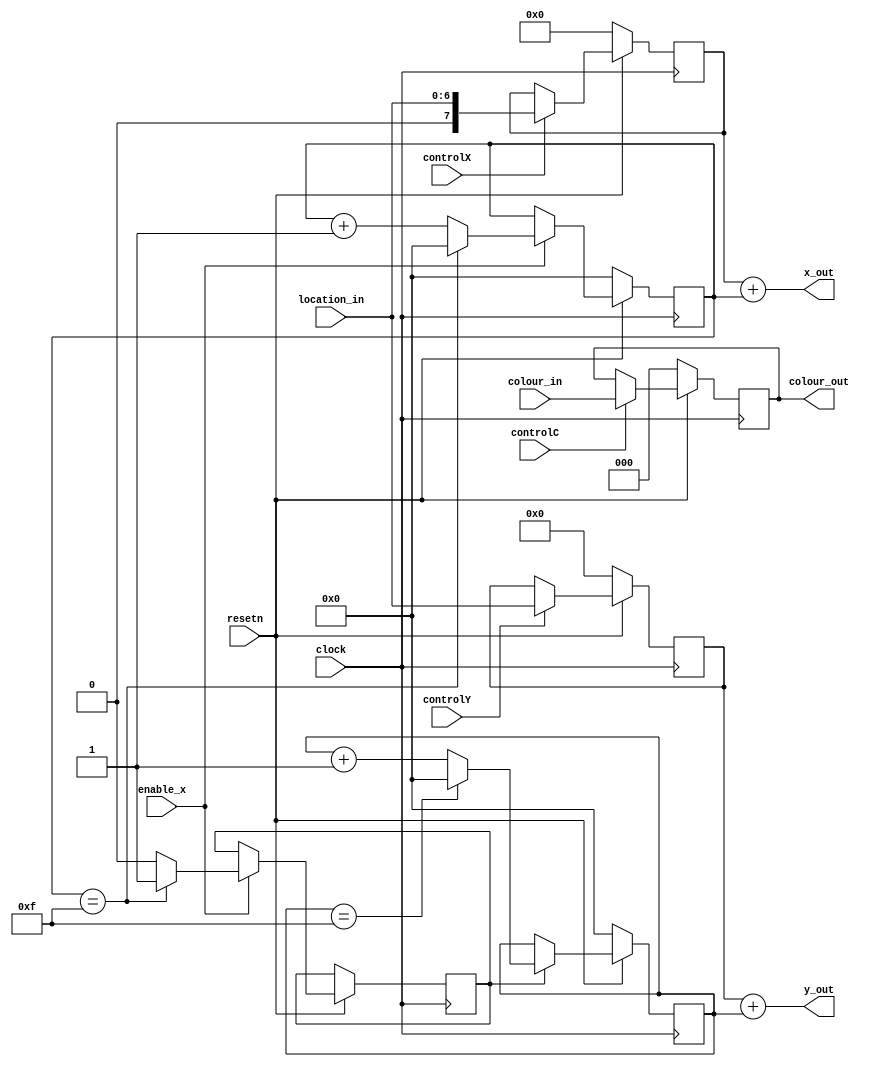
module datapath(location_in, colour_in, clock, resetn, controlX, controlY, controlC, enable_x, x_out, y_out, colour_out);
	input [6:0] location_in;
	input [2:0] colour_in;
	input clock;
	input resetn;
	input enable_x;
	input controlX, controlY, controlC;
	output [7:0] x_out;
	output [6:0] y_out;
    output [2:0] colour_out;

	reg [7:0] x;
	reg [6:0] y;
	reg [2:0] colour;
	reg [3:0] i_x, i_y;
	reg enable_y;

	always @(posedge clock) begin 
		if(!resetn) begin
			x <= 8'b0;
			y <= 7'b0;
			colour <= 3'b0;
		end
		else begin
			if (controlX)
				x <= {1'b0, location_in};
			if (controlY)
				y <= location_in;
			if (controlC)
				colour <= colour_in;
		end
	end

	always @(posedge clock) begin
		if (!resetn)
			i_x <= 4'b0000;
		else if(enable_x) begin
			if(i_x == 4'b1111) begin
				i_x <= 4'b0000;
				enable_y <= 1;
			    end
			else begin
				i_x <= i_x + 1;
				enable_y <= 0;
			    end
		    end
	end

	always @(posedge clock) begin
		if (!resetn)
			i_y <= 4'b0000;
		else if(enable_y) begin
			if(i_y == 4'b1111)
				i_y <= 4'b0000;
			else 
				i_y <= i_y + 1;
		    end
	end

	assign x_out = x + i_x;
	assign y_out = y + i_y;
	assign colour_out = colour;
endmodule